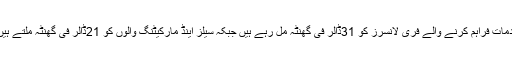
فری لانسنگ میں کچھ کام سب سے زیادہ ادائیگیاں کررہے ہیں مثلاً قانونی خدمات فراہم کرنے والے فری لانسرز کو 31ڈالر فی گھنٹہ مل رہے ہیں جبکہ سیلز اینڈ مارکیٹنگ والوں کو 21ڈالر فی گھنٹہ ملتے ہیںاسی طرح آرٹیکل لکھنےیا ترجمہ کرنے کے 17ڈالر فی گھنٹہ مل رہے ہیں۔